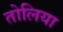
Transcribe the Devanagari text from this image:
तोलिया